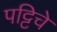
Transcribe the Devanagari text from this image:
पट्टिचे